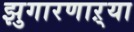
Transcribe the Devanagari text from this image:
झुगारणाऱ्या